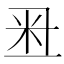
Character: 𥸨